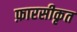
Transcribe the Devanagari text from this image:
फ़ारसीकृत